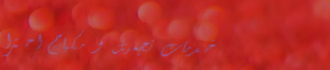
خدمات تجميل و مكياج احترا